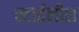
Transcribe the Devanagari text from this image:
स्टाईलीश